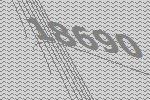
18690